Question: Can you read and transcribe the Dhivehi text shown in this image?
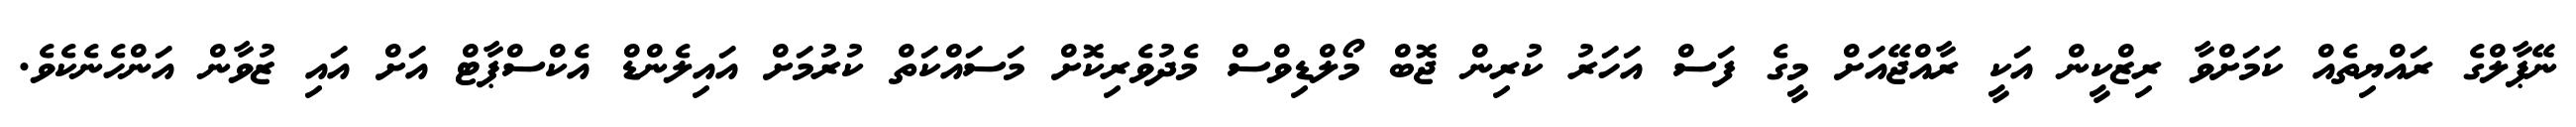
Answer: ނޭޕާލްގެ ރައްޔިތެއް ކަމަށްވާ ރިޒްކީން އަކީ ރާއްޖޭއަށް މީގެ ފަސް އަހަރު ކުރިން ޖޮބް މޯލްޑިވްސް މެދުވެރިކޮށް މަސައްކަތް ކުރުމަށް އައިލެންޑް އެކްސްޕާޓް އަށް އައި ޒުވާން އަންހެނެކެވެ.